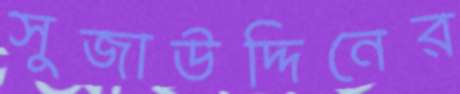
সুজাউদ্দিনের